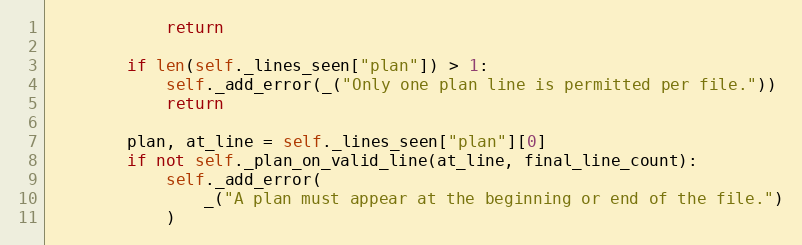
Language: Python
            return

        if len(self._lines_seen["plan"]) > 1:
            self._add_error(_("Only one plan line is permitted per file."))
            return

        plan, at_line = self._lines_seen["plan"][0]
        if not self._plan_on_valid_line(at_line, final_line_count):
            self._add_error(
                _("A plan must appear at the beginning or end of the file.")
            )